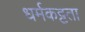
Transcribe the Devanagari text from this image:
धर्मकट्टता